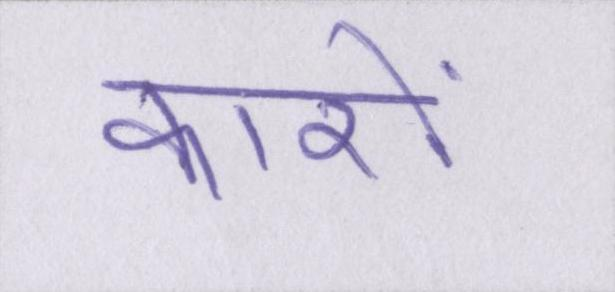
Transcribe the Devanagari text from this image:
कारों